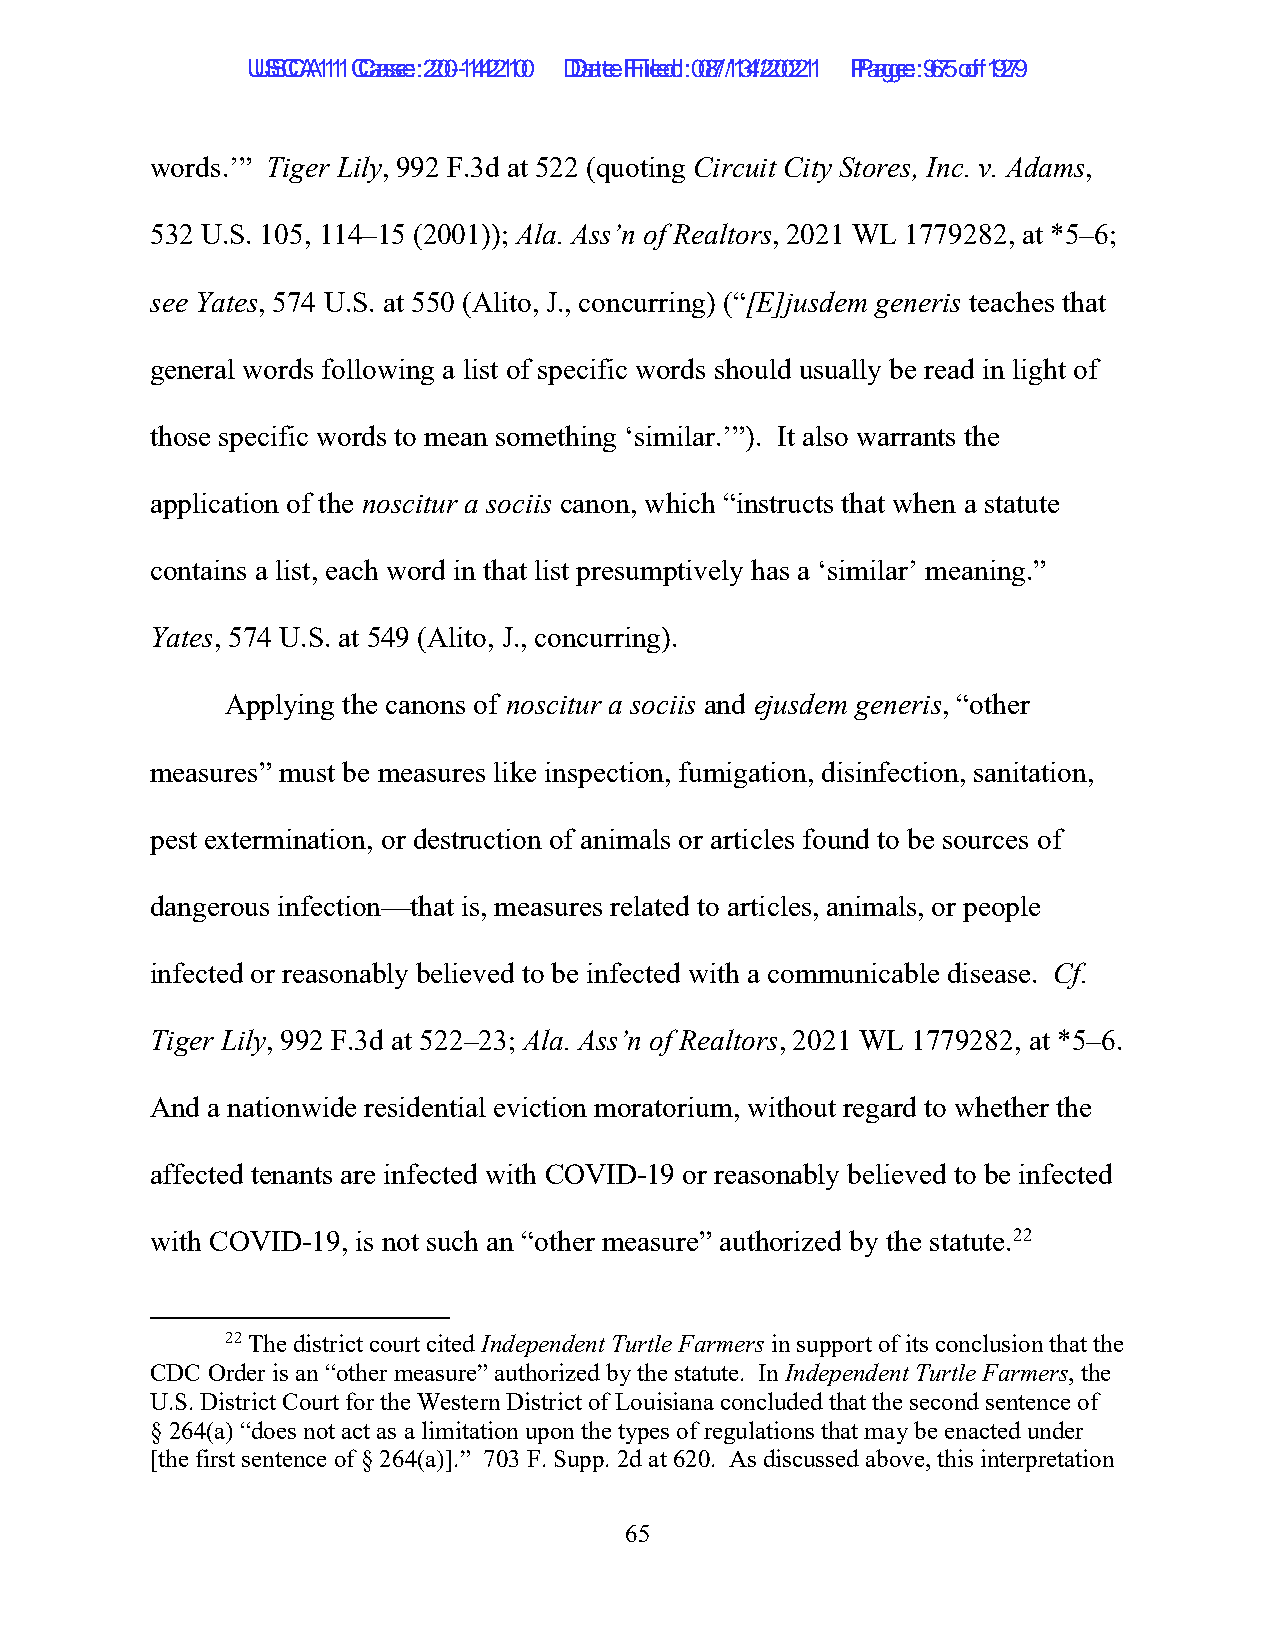
UUSSCCAA1111 C Caassee: :2 200--1144221100 D Daatete F Filieledd: :0 087/1/134/2/2002211 P Paaggee: :9 675 o of f1 9279
 words.’” Tiger Lily, 992 F.3d at 522 (quoting Circuit City Stores, Inc. v. Adams,
 532 U.S. 105, 114–15 (2001)); Ala. Ass’n of Realtors, 2021 WL 1779282, at *5–6;
 see Yates, 574 U.S. at 550 (Alito, J., concurring) (“[E]jusdem generis teaches that
 general words following a list of specific words should usually be read in light of
 those specific words to mean something ‘similar.’”). It also warrants the
 application of the noscitur a sociis canon, which “instructs that when a statute
 contains a list, each word in that list presumptively has a ‘similar’ meaning.”
 Yates, 574 U.S. at 549 (Alito, J., concurring).
 Applying the canons of noscitur a sociis and ejusdem generis, “other
 measures” must be measures like inspection, fumigation, disinfection, sanitation,
 pest extermination, or destruction of animals or articles found to be sources of
 dangerous infection—that is, measures related to articles, animals, or people
 infected or reasonably believed to be infected with a communicable disease. Cf.
 Tiger Lily, 992 F.3d at 522–23; Ala. Ass’n of Realtors, 2021 WL 1779282, at *5–6.
 And a nationwide residential eviction moratorium, without regard to whether the
 affected tenants are infected with COVID-19 or reasonably believed to be infected
 with COVID-19, is not such an “other measure” authorized by the statute.22
 22 The district court cited Independent Turtle Farmers in support of its conclusion that the
 CDC Order is an “other measure” authorized by the statute. In Independent Turtle Farmers, the
 U.S. District Court for the Western District of Louisiana concluded that the second sentence of
 § 264(a) “does not act as a limitation upon the types of regulations that may be enacted under
 [the first sentence of § 264(a)].” 703 F. Supp. 2d at 620. As discussed above, this interpretation
 65